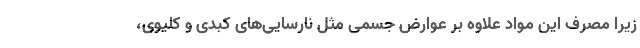
زیرا مصرف این مواد علاوه بر عوارض جسمی مثل نارسایی‌های کبدی و کلیوی،